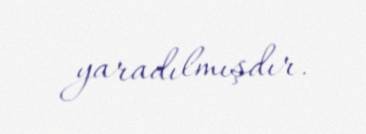
yaradılmışdır.